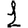
Digit: 1